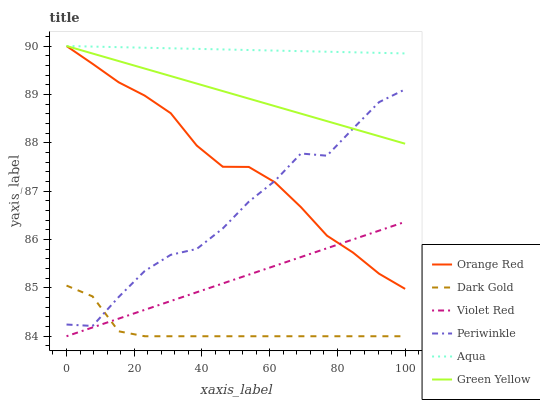
| xaxis_label | Orange Red | Dark Gold | Violet Red | Periwinkle | Aqua | Green Yellow |
 | --- | --- | --- | --- | --- | --- | --- |
 | 0 | 90 | 85 | 84 | 84.2 | 90 | 90 |
 | 7.69 | 89.6 | 84.8 | 84.2 | 84.2 | 90 | 89.8 |
 | 15.4 | 89.3 | 84.1 | 84.4 | 84.8 | 90 | 89.7 |
 | 23.1 | 89 | 84 | 84.5 | 85.3 | 90 | 89.5 |
 | 30.8 | 88.6 | 84 | 84.7 | 85.7 | 90 | 89.4 |
 | 38.5 | 87.9 | 84 | 84.9 | 85.8 | 89.9 | 89.2 |
 | 46.2 | 87.5 | 84 | 85.1 | 86.2 | 89.9 | 89.1 |
 | 53.8 | 87.5 | 84 | 85.3 | 86.8 | 89.9 | 88.9 |
 | 61.5 | 87.2 | 84 | 85.5 | 87.2 | 89.9 | 88.8 |
 | 69.2 | 86.7 | 84 | 85.6 | 87.8 | 89.9 | 88.6 |
 | 76.9 | 86.1 | 84 | 85.8 | 87.7 | 89.9 | 88.4 |
 | 84.6 | 85.7 | 84 | 86 | 88.3 | 89.9 | 88.3 |
 | 92.3 | 85.3 | 84 | 86.2 | 88.8 | 89.9 | 88.1 |
 | 100 | 85 | 84 | 86.4 | 89.1 | 89.8 | 88 |